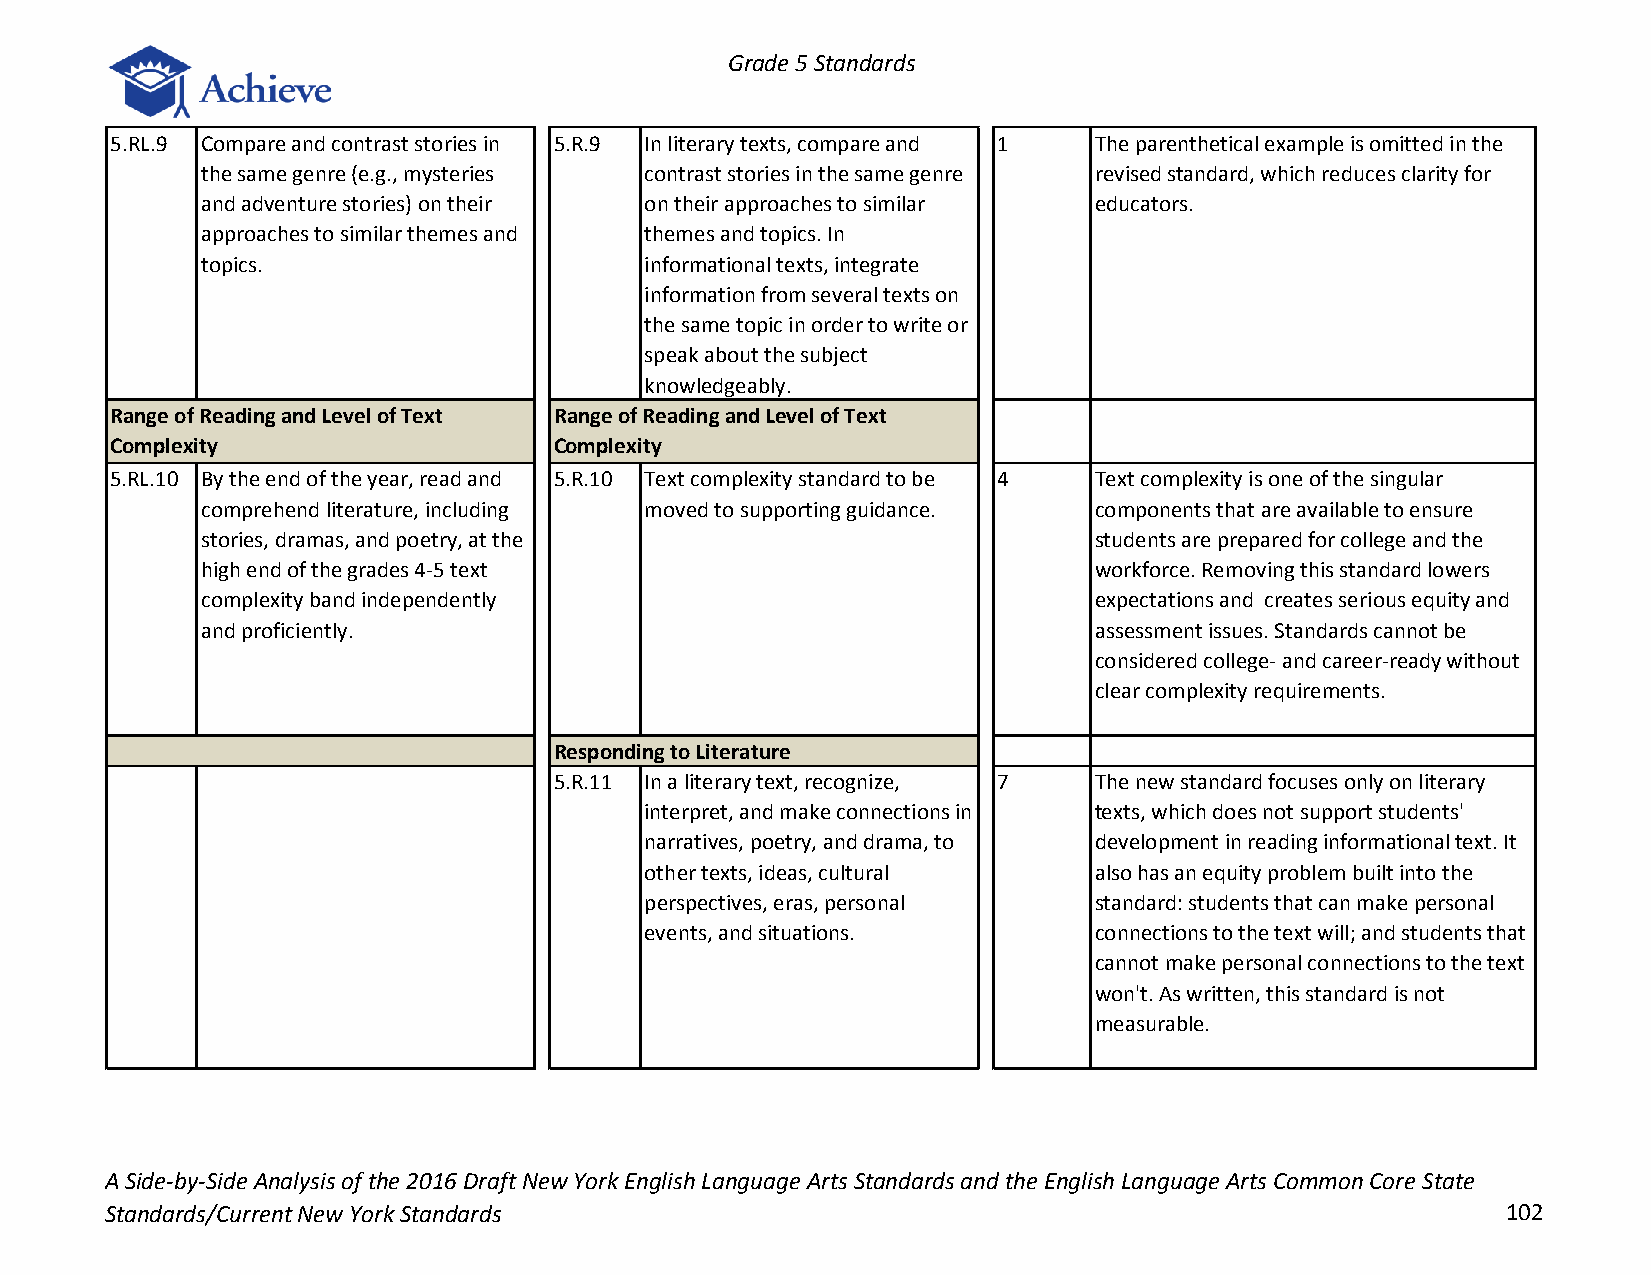
Grade 5 Standards
 5.RL.9 Compare and contrast stories in 5.R.9 In literary texts, compare and 1 The parenthetical example is omitted in the
 the same genre (e.g., mysteries contrast stories in the same genre revised standard, which reduces clarity for
 and adventure stories) on their on their approaches to similar educators.
 approaches to similar themes and themes and topics. In
 topics.                       informational texts, integrate
 information from several texts on
 the same topic in order to write or
 speak about the subject
 knowledgeably.
 Range of Reading and Level of Text Range of Reading and Level of Text
 Complexity                    Complexity
 5.RL.10 By the end of the year, read and 5.R.10 Text complexity standard to be 4 Text complexity is one of the singular
 comprehend literature, including moved to supporting guidance. components that are available to ensure
 stories, dramas, and poetry, at the                        students are prepared for college and the
 high end of the grades 4-5 text                            workforce. Removing this standard lowers
 complexity band independently                              expectations and creates serious equity and
 and proficiently.                                          assessment issues. Standards cannot be
 considered college- and career-ready without
 clear complexity requirements.
 Responding to Literature
 5.R.11 In a literary text, recognize, 7 The new standard focuses only on literary
 interpret, and make connections in texts, which does not support students'
 narratives, poetry, and drama, to development in reading informational text. It
 other texts, ideas, cultural also has an equity problem built into the
 perspectives, eras, personal standard: students that can make personal
 events, and situations.      connections to the text will; and students that
 cannot make personal connections to the text
 won't. As written, this standard is not
 measurable.
 A Side-by-Side Analysis of the 2016 Draft New York English Language Arts Standards and the English Language Arts Common Core State
 Standards/Current New York Standards                                                         102